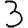
Digit: 3